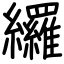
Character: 纙